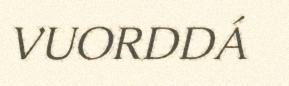
VUORDDÁ